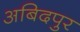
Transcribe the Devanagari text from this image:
अबिदपुर